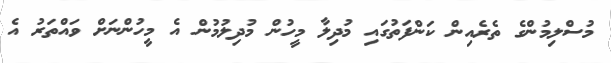
މުސްލިމުންގެ ތެރެއިން ކަންފަތުގައި މުދިލާ މީހުން މުދިލުމުން އެ މީހުންނަށް ވައްތަރު އެ